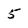
Character: 5